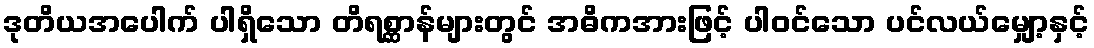
ဒုတိယအပေါက် ပါရှိသော တိရစ္ဆာန်များတွင် အဓိကအားဖြင့် ပါဝင်သော ပင်လယ်မျှော့နှင့်